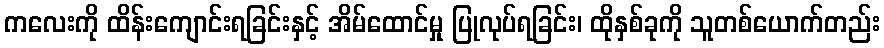
ကလေးကို ထိန်းကျောင်းရခြင်းနှင့် အိမ်ထောင်မှု ပြုလုပ်ရခြင်း၊ ထိုနှစ်ခုကို သူတစ်ယောက်တည်း